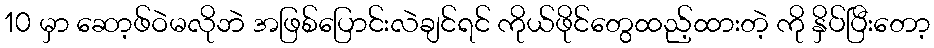
10 မှာ ဆော့ဖ်ဝဲမလိုဘဲ အဖြစ်ပြောင်းလဲချင်ရင် ကိုယ်ဖိုင်တွေထည့်ထားတဲ့ ကို နှိပ်ပြီးတော့